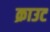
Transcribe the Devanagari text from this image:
क्राउट